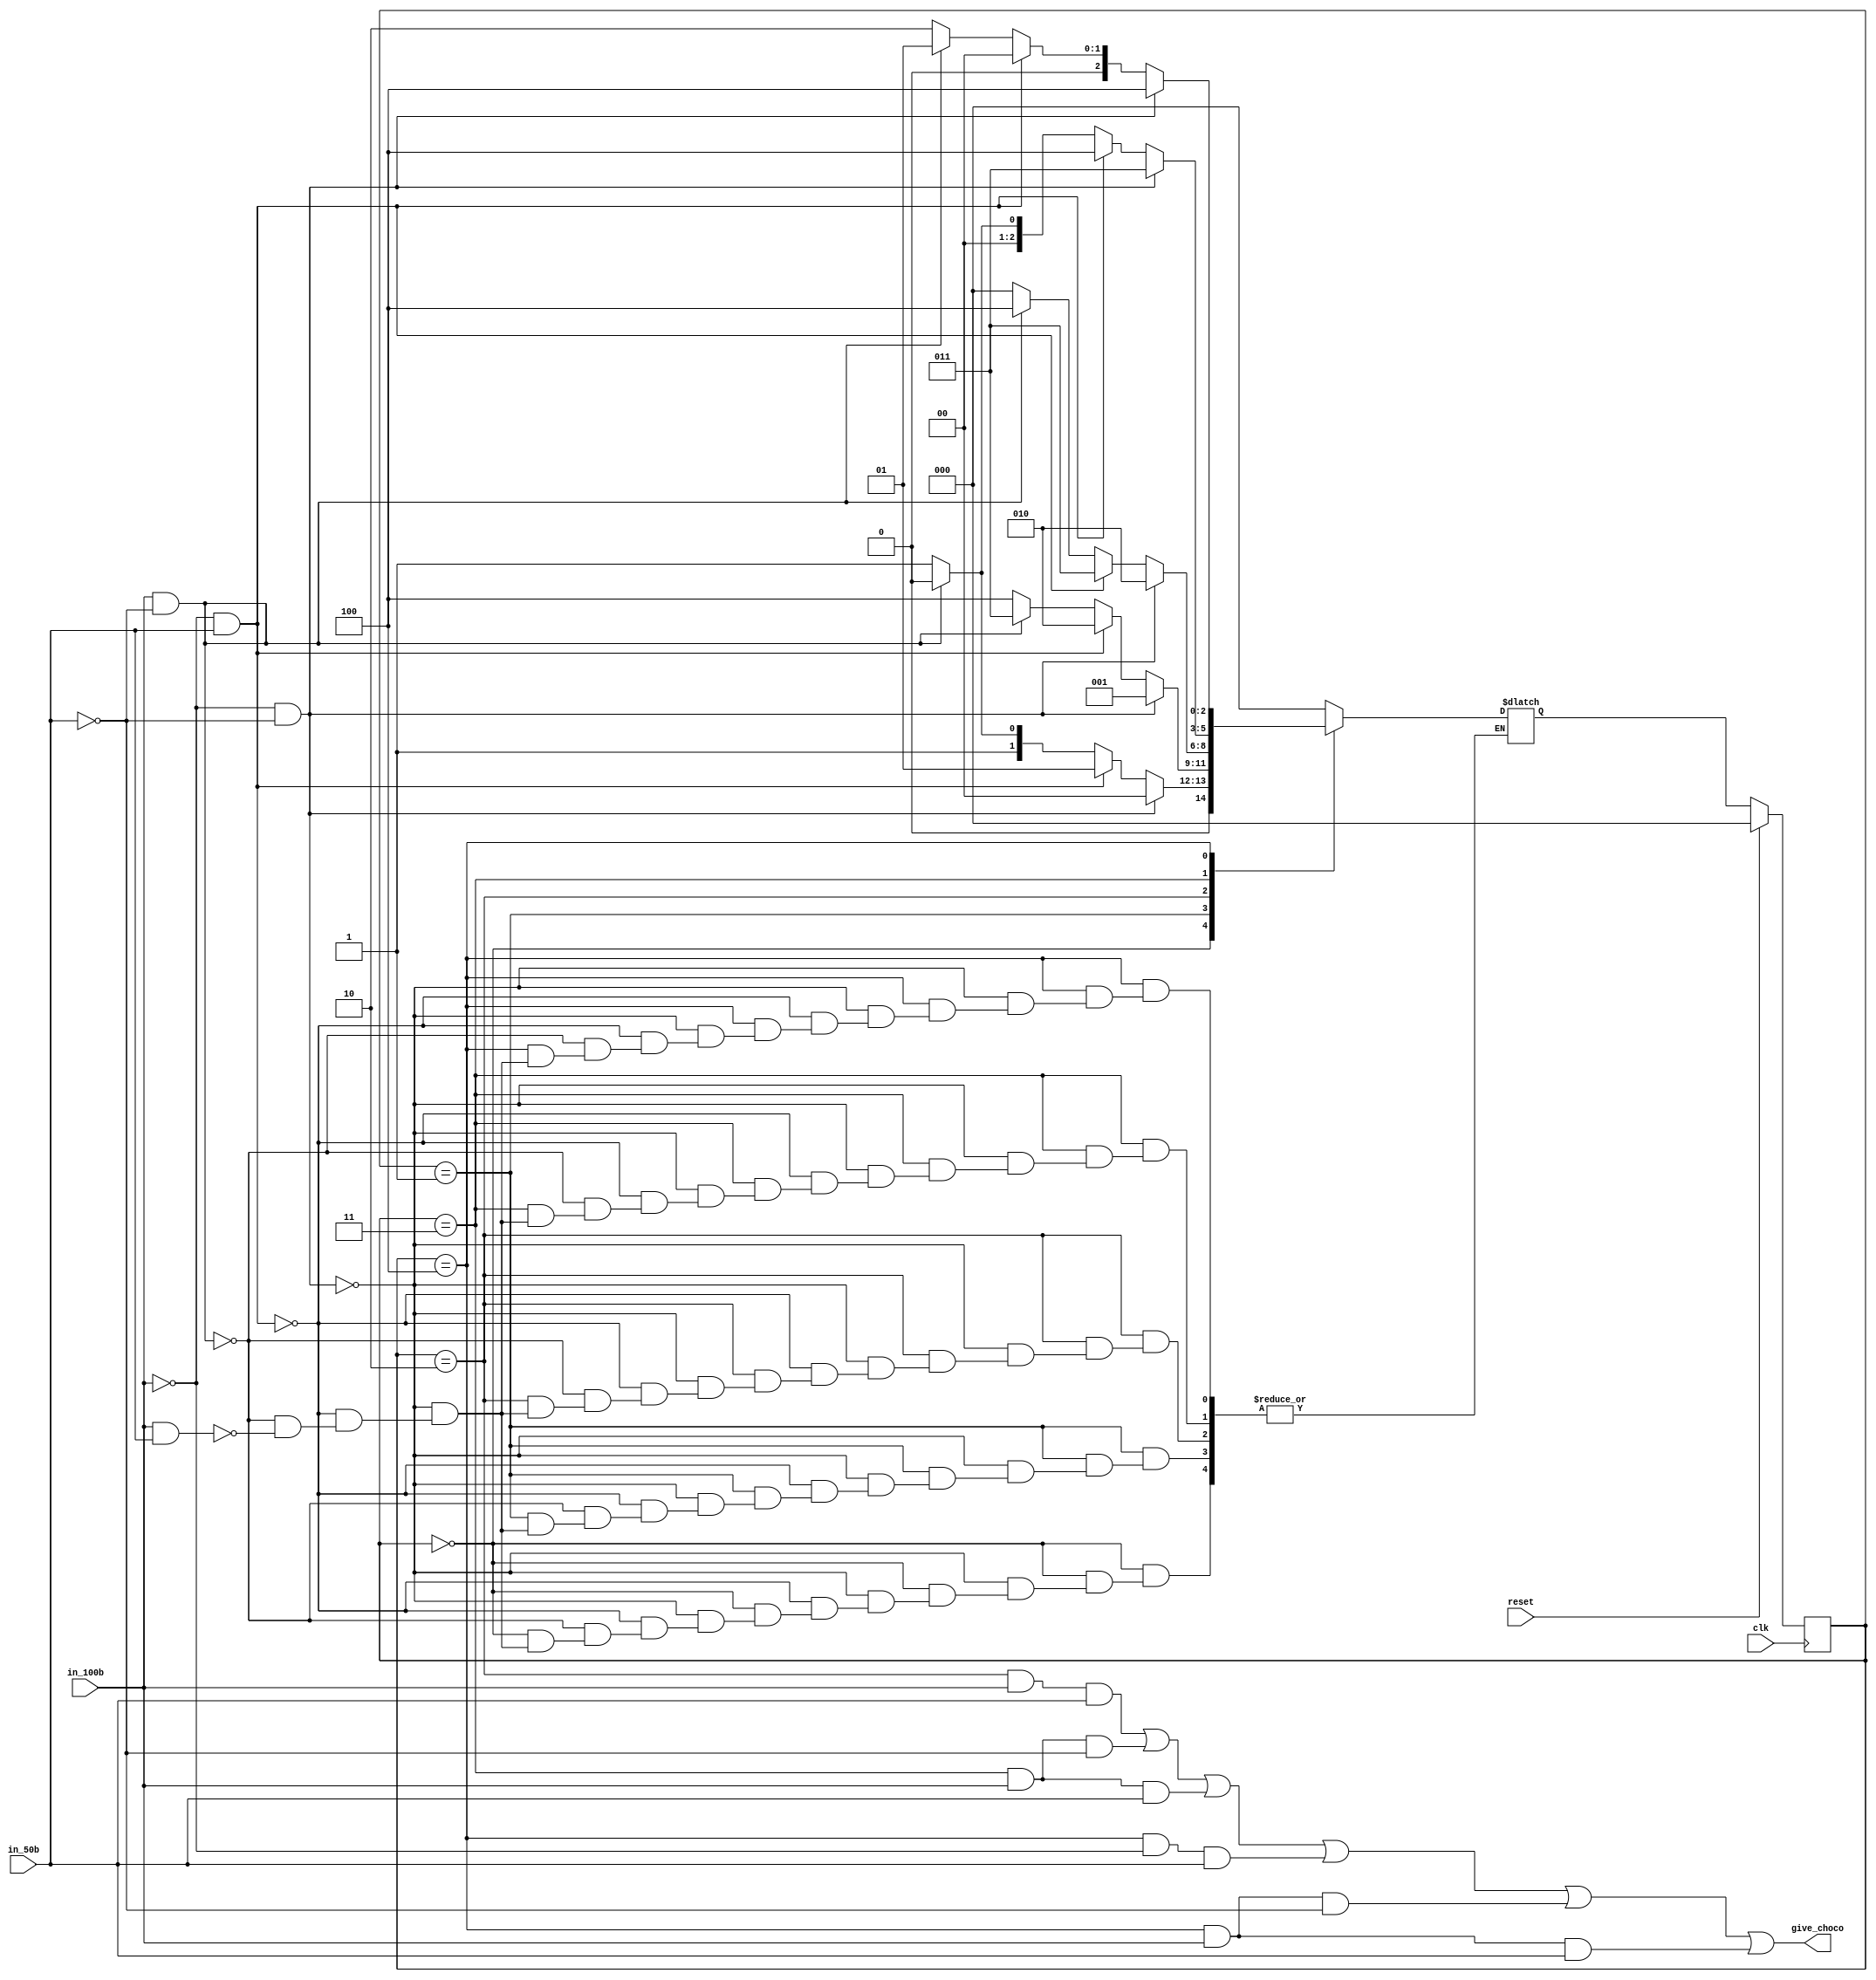
`timescale 1ns / 1ps
//////////////////////////////////////////////////////////////////////////////////
// Company: 
// Engineer: 
// 
// Design Name: 
// Module Name: automat
// Project Name: 
// Target Devices: 
// Tool Versions: 
// Description: 
// 
// Dependencies: 
// 
// Revision:
// Revision 0.01 - File Created
// Additional Comments:
// 
//////////////////////////////////////////////////////////////////////////////////


module automat(
    input clk,
    input reset,
    input in_50b,
    input in_100b,
    output give_choco
    );
    
    localparam S0b = 3'b000;
    localparam S50b = 3'b001;
    localparam S100b = 3'b010;
    localparam S150b = 3'b011;
    localparam S200b = 3'b100;
    
    reg [2:0] state, state_next;
    
    always@(posedge clk) begin
        if(reset)
            state <= S0b;
        else
            state <= state_next;
    end
    
    always@(*) begin
        case(state)
            S0b: begin
                if(in_100b == 0 & in_50b == 0)
                    state_next = S0b;
                else if(in_100b == 0 & in_50b == 1)
                    state_next = S50b;
                else if(in_100b == 1 & in_50b == 0)
                    state_next = S100b;
                else if(in_100b == 1 & in_50b == 1)
                    state_next = S150b;
            end
            S50b: begin
                if(in_100b == 0 & in_50b == 0)
                    state_next = S50b;
                else if(in_100b == 0 & in_50b == 1)
                    state_next = S100b;
                else if(in_100b == 1 & in_50b == 0)
                    state_next = S150b;
                else if(in_100b == 1 & in_50b == 1)
                    state_next = S200b;
            end
            S100b: begin
                if(in_100b == 0 & in_50b == 0)
                    state_next = S100b;
                else if(in_100b == 0 & in_50b == 1)
                    state_next = S150b;
                else if(in_100b == 1 & in_50b == 0)
                    state_next = S200b;
                else if(in_100b == 1 & in_50b == 1)
                    state_next = S0b;
            end
            S150b: begin
                if(in_100b == 0 & in_50b == 0)
                    state_next = S150b;
                else if(in_100b == 0 & in_50b == 1)
                    state_next = S200b;
                else if(in_100b == 1 & in_50b == 0)
                    state_next = S0b;
                else if(in_100b == 1 & in_50b == 1)
                    state_next = S50b;
            end
            S200b: begin
                if(in_100b == 0 & in_50b == 0)
                    state_next = S200b;
                else if(in_100b == 0 & in_50b == 1)
                    state_next = S0b;
                else if(in_100b == 1 & in_50b == 0)
                    state_next = S50b;
                else if(in_100b == 1 & in_50b == 1)
                    state_next = S100b;
            end
            default: state_next = S0b; 
        endcase    
    end
    
    assign give_choco = (state == S100b & in_100b == 1 & in_50b == 1) ||
                        (state == S150b & in_100b == 1 & in_50b == 0) ||
                        (state == S150b & in_100b == 1 & in_50b == 1) ||
                        (state == S200b & in_100b == 0 & in_50b == 1) ||
                        (state == S200b & in_100b == 1 & in_50b == 0) ||
                        (state == S200b & in_100b == 1 & in_50b == 1);
    
endmodule